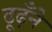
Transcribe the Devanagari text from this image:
ढूढ़ँने